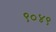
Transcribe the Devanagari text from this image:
९०४९